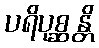
ပရိပုစ္ဆန္တိ